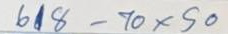
618 - 70 x 50